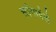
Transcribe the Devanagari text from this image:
सांगावेसे